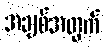
အချစ်အတွက်